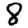
Digit: 8